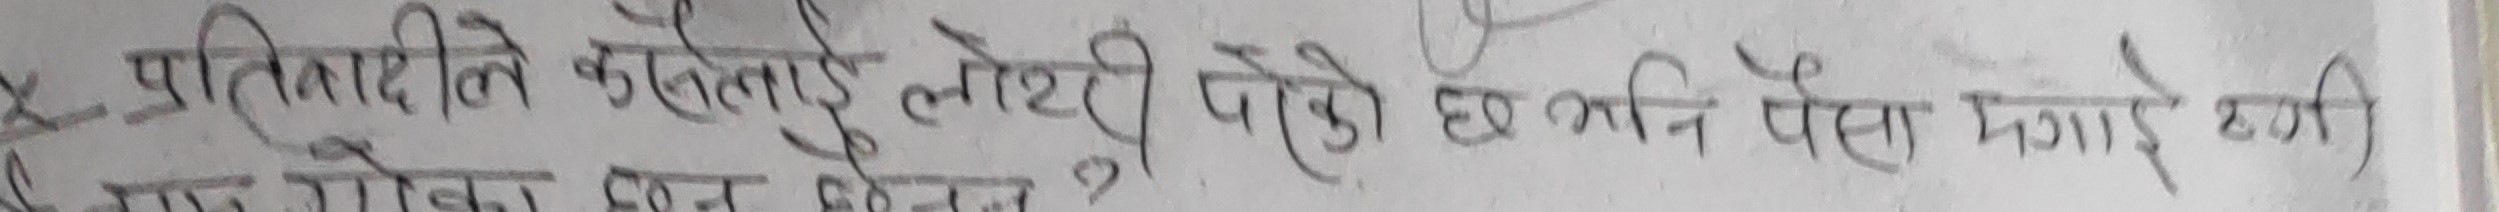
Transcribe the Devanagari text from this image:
प्रतिवादीले कसलाई लेख्नु परेको छ भनि पैसा मगाये?